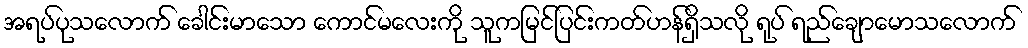
အရပ်ပုသလောက် ခေါင်းမာသော ကောင်မလေးကို သူကမြင်ပြင်းကတ်ဟန်ရှိသလို ရုပ် ရည်ချောမောသလောက်